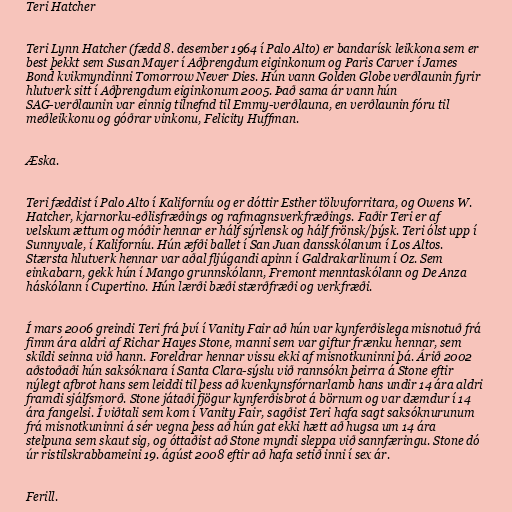
Teri Hatcher

Teri Lynn Hatcher (fædd 8. desember 1964 í Palo Alto) er bandarísk leikkona sem er
best þekkt sem Susan Mayer í Aðþrengdum eiginkonum og Paris Carver í James
Bond kvikmyndinni Tomorrow Never Dies. Hún vann Golden Globe verðlaunin fyrir
hlutverk sitt í Aðþrengdum eiginkonum 2005. Það sama ár vann hún
SAG-verðlaunin var einnig tilnefnd til Emmy-verðlauna, en verðlaunin fóru til
meðleikkonu og góðrar vinkonu, Felicity Huffman.

Æska.

Teri fæddist í Palo Alto í Kaliforníu og er dóttir Esther tölvuforritara, og Owens W.
Hatcher, kjarnorku-eðlisfræðings og rafmagnsverkfræðings. Faðir Teri er af
velskum ættum og móðir hennar er hálf sýrlensk og hálf frönsk/þýsk. Teri ólst upp í
Sunnyvale, í Kaliforníu. Hún æfði ballet í San Juan dansskólanum í Los Altos.
Stærsta hlutverk hennar var aðal fljúgandi apinn í Galdrakarlinum í Oz. Sem
einkabarn, gekk hún í Mango grunnskólann, Fremont menntaskólann og De Anza
háskólann í Cupertino. Hún lærði bæði stærðfræði og verkfræði.

Í mars 2006 greindi Teri frá því í Vanity Fair að hún var kynferðislega misnotuð frá
fimm ára aldri af Richar Hayes Stone, manni sem var giftur frænku hennar, sem
skildi seinna við hann. Foreldrar hennar vissu ekki af misnotkuninni þá. Árið 2002
aðstoðaði hún saksóknara í Santa Clara-sýslu við rannsókn þeirra á Stone eftir
nýlegt afbrot hans sem leiddi til þess að kvenkynsfórnarlamb hans undir 14 ára aldri
framdi sjálfsmorð. Stone játaði fjögur kynferðisbrot á börnum og var dæmdur í 14
ára fangelsi. Í viðtali sem kom í Vanity Fair, sagðist Teri hafa sagt saksóknurunum
frá misnotkuninni á sér vegna þess að hún gat ekki hætt að hugsa um 14 ára
stelpuna sem skaut sig, og óttaðist að Stone myndi sleppa við sannfæringu. Stone dó
úr ristilskrabbameini 19. ágúst 2008 eftir að hafa setið inni í sex ár.

Ferill.